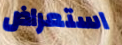
استعراض